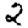
Digit: 2